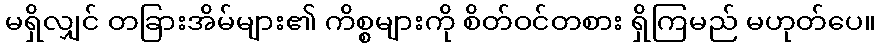
မရှိလျှင် တခြားအိမ်များ၏ ကိစ္စများကို စိတ်ဝင်တစား ရှိကြမည် မဟုတ်ပေ။